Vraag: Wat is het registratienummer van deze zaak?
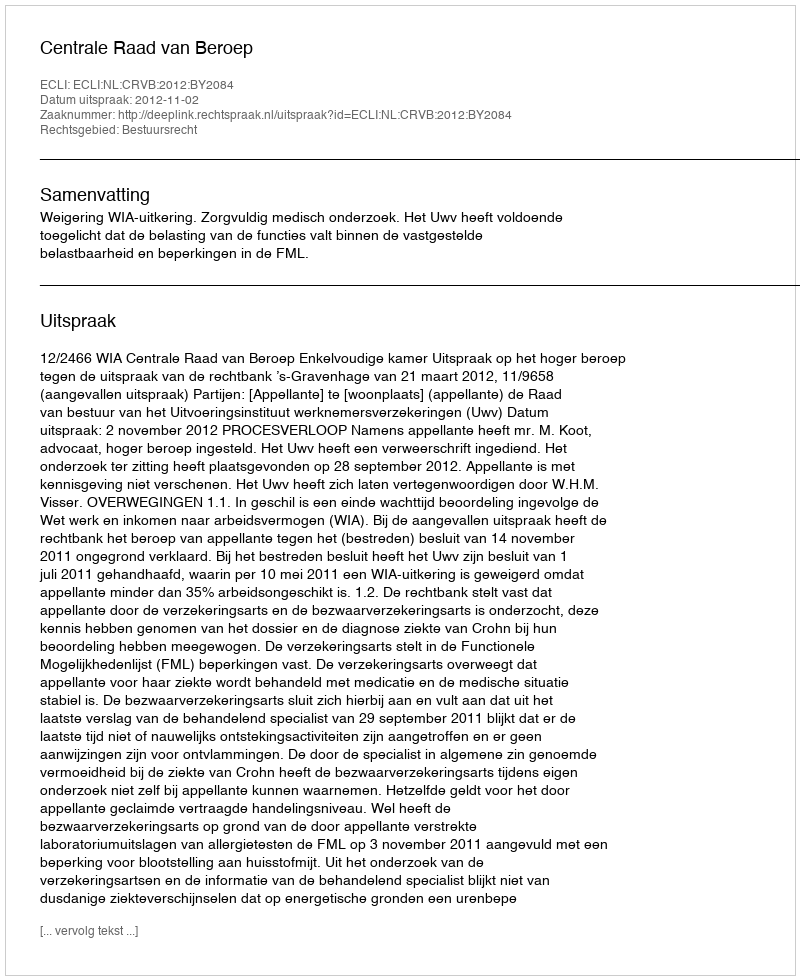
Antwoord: http://deeplink.rechtspraak.nl/uitspraak?id=ECLI:NL:CRVB:2012:BY2084